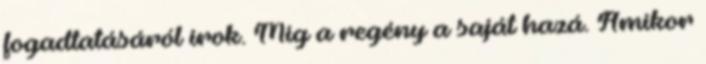
fogadtatásáról írok. Míg a regény a saját hazá. Amikor